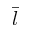
\bar { l }